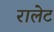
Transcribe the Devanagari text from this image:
रालेट